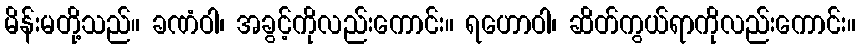
မိန်းမတို့သည်။ ခဏံဝါ၊ အခွင့်ကိုလည်းကောင်း။ ရဟောဝါ၊ ဆိတ်ကွယ်ရာကိုလည်းကောင်း။